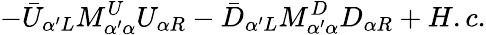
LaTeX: -\bar{U}_{\alpha^{\prime}L}M_{\alpha^{\prime}\alpha}^{U}U_{\alpha R}-\bar{D}_{\alpha^{\prime}L}M_{\alpha^{\prime}\alpha}^{D}D_{\alpha R}+H.c.